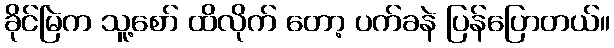
ခိုင်မြဲက သူ့စော် ထိလိုက် တော့ ပက်ခနဲ ပြန်ပြောတယ်။